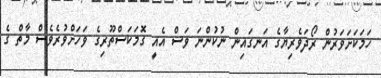
ހަމަކަށަވަރުން ރޯދަވެރިޔާގެ އަނގައިން ނުކުންނަ ވަސް އެއީ ގޮމަކަސްތޫރިގެ ވަހަށްވުރެވެސް މާތް ގެ